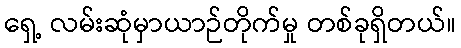
ရှေ့ လမ်းဆုံမှာယာဉ်တိုက်မှု တစ်ခုရှိတယ်။